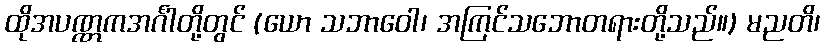
ထိုအပဏ္ဏကအင်္ဂါတို့တွင် (ယော သဘာဝေါ၊ အကြင်သဘောတရားတို့သည်။) မညတိ၊